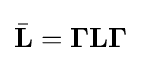
{\bar {\mathbf {L} }}=\mathbf {\Gamma } \mathbf {L} \mathbf {\Gamma }